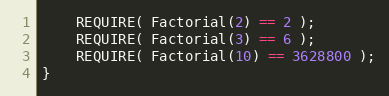
Language: C++
    REQUIRE( Factorial(2) == 2 );
    REQUIRE( Factorial(3) == 6 );
    REQUIRE( Factorial(10) == 3628800 );
}